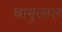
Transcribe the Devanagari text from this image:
चामुलाल